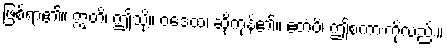
ဖြစ်ရာ၏။ ဣတိ၊ ဤသို့။ ဝဒေထ၊ ဆိုကုန်၏။ ဧတံပိ၊ ဤစကားကိုလည်း။